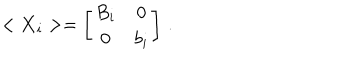
< { \bf X } _ { i } > = \left[ \begin{array} { c c } { { B _ { i } } } & { { 0 } } \\ { { 0 } } & { { b _ { i } } } \\ \end{array} \right] \, .